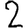
Digit: 2